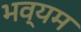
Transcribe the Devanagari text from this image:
भव्यम